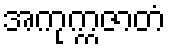
အကုက္ကဇာတံ